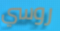
روسي